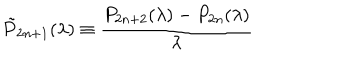
\tilde { P } _ { 2 n + 1 } ( \lambda ) \equiv \frac { P _ { 2 n + 2 } ( \lambda ) - P _ { 2 n } ( \lambda ) } { \lambda }